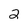
Character: 2